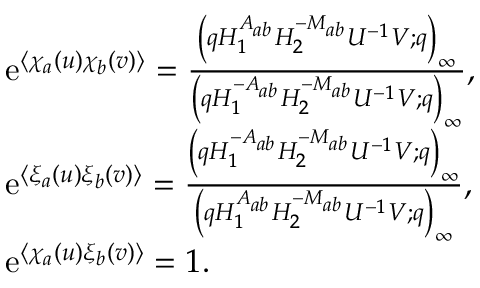
\begin{array} { r l } & { \mathrm { e } ^ { \langle \chi _ { a } ( u ) \chi _ { b } ( v ) \rangle } = \frac { \left( q H _ { 1 } ^ { A _ { a b } } H _ { 2 } ^ { - M _ { a b } } U ^ { - 1 } V ; q \right) _ { \infty } } { \left( q H _ { 1 } ^ { - A _ { a b } } H _ { 2 } ^ { - M _ { a b } } U ^ { - 1 } V ; q \right) _ { \infty } } , } \\ & { \mathrm { e } ^ { \langle \xi _ { a } ( u ) \xi _ { b } ( v ) \rangle } = \frac { \left( q H _ { 1 } ^ { - A _ { a b } } H _ { 2 } ^ { - M _ { a b } } U ^ { - 1 } V ; q \right) _ { \infty } } { \left( q H _ { 1 } ^ { A _ { a b } } H _ { 2 } ^ { - M _ { a b } } U ^ { - 1 } V ; q \right) _ { \infty } } , } \\ & { \mathrm { e } ^ { \langle \chi _ { a } ( u ) \xi _ { b } ( v ) \rangle } = 1 . } \end{array}